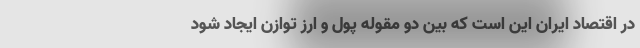
در اقتصاد ایران این است که بین دو مقوله پول و ارز توازن ایجاد شود